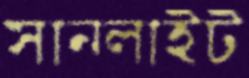
সানলাইট